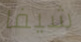
شيفا